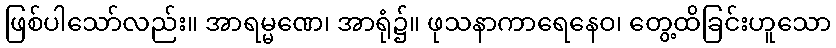
ဖြစ်ပါသော်လည်း။ အာရမ္မဏေ၊ အာရုံ၌။ ဖုသနာကာရေနေဝ၊ တွေ့ထိခြင်းဟူသော